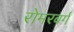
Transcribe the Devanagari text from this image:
रोमरबर्ग